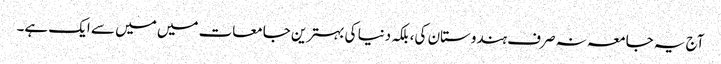
آج یہ جامعہ نہ صرف ہندوستان کی، بلکہ دنیا کی بہترین جامعات میں میں سے ایک ہے۔